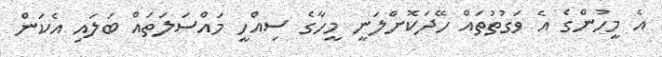
އެ މީހުންގެ އެ ވަގުތުތައް ހޭދަކޮށްލަނީ މީހާގެ ސިއްހީ މައްސަލަތައް ބަލައި އެކަން